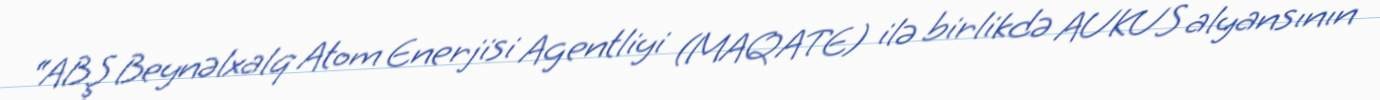
“ABŞ Beynəlxalq Atom Enerjisi Agentliyi (MAQATE) ilə birlikdə AUKUS alyansının